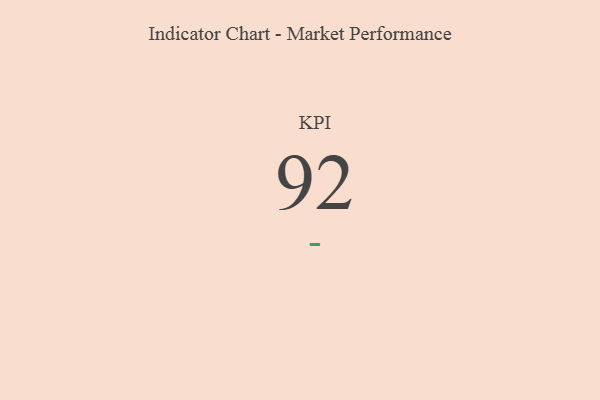
{"axis": {"x": "KPI", "y": "Value"}, "legend": [""], "data": [{"x": "KPI", "y": 92, "type": ""}]}